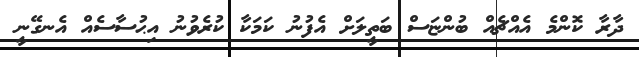
ދާރާ ކޮންމެ އެއްޗެއް ބުންޏަސް ބަތީލަށް އެފުނު ކަމަކާ ކުރެވުނު އިޙުސާސެއް އެނގޭނީ